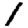
Digit: 1